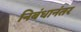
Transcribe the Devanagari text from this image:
निबंधानंतर